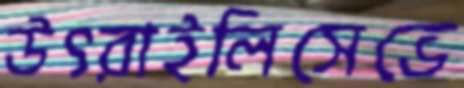
উৎরাইলিসেভে